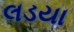
લડયા